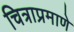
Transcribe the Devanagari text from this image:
चित्राप्रमाणे